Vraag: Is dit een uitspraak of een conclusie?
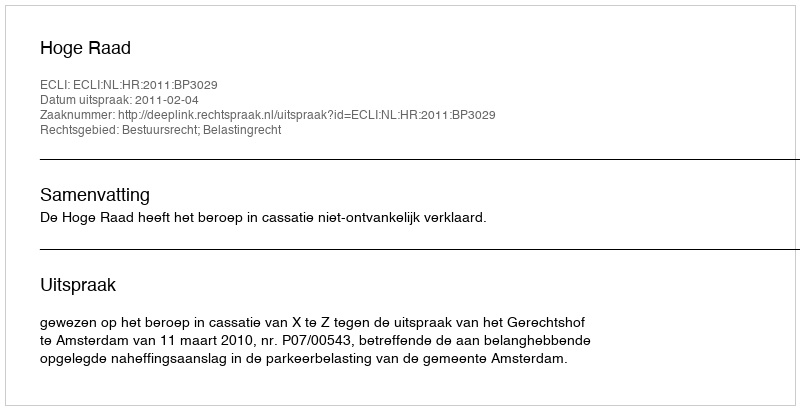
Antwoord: Uitspraak